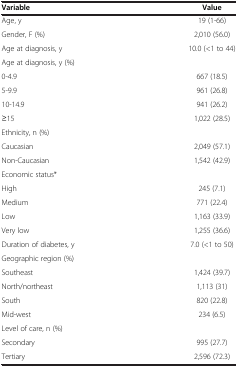
| Variable | Value |
 | --- | --- |
 | Age, y | 19 (1-66) |
 | Gender, F (%) | 2,010 (56.0) |
 | Age at diagnosis, y | 10.0 (<1 to 44) |
 | Age at diagnosis, y (%) |  |
 | 0-4.9 | 667 (18.5) |
 | 5-9.9 | 961 (26.8) |
 | 10-14.9 | 941 (26.2) |
 | ≥15 | 1,022 (28.5) |
 | Ethnicity, n (%) |  |
 | Caucasian | 2,049 (57.1) |
 | Non-Caucasian | 1,542 (42.9) |
 | Economic status* |  |
 | High | 245 (7.1) |
 | Medium | 771 (22.4) |
 | Low | 1,163 (33.9) |
 | Very low | 1,255 (36.6) |
 | Duration of diabetes, y | 7.0 (<1 to 50) |
 | Geographic region (%) |  |
 | Southeast | 1,424 (39.7) |
 | North/northeast | 1,113 (31) |
 | South | 820 (22.8) |
 | Mid-west | 234 (6.5) |
 | Level of care, n (%) |  |
 | Secondary | 995 (27.7) |
 | Tertiary | 2,596 (72.3) |